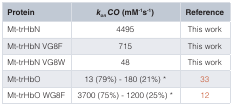
<table><thead><tr><td><b>Protein</b></td><td><b><i>k<sub>on</sub> CO</i> (mM<sup>-1</sup>s<sup>-1</sup>)</b></td><td><b>Reference</b></td></tr></thead><tbody><tr><td>Mt-trHbN</td><td>4495</td><td>This work</td></tr><tr><td>Mt-trHbN VG8F</td><td>715</td><td>This work</td></tr><tr><td>Mt-trHbN VG8W</td><td>48</td><td>This work</td></tr><tr><td>Mt-trHbO</td><td>13 (79%) - 180 (21%) *</td><td>33</td></tr><tr><td>Mt-trHbO WG8F</td><td>3700 (75%) - 1200 (25%) *</td><td>12</td></tr></tbody></table>